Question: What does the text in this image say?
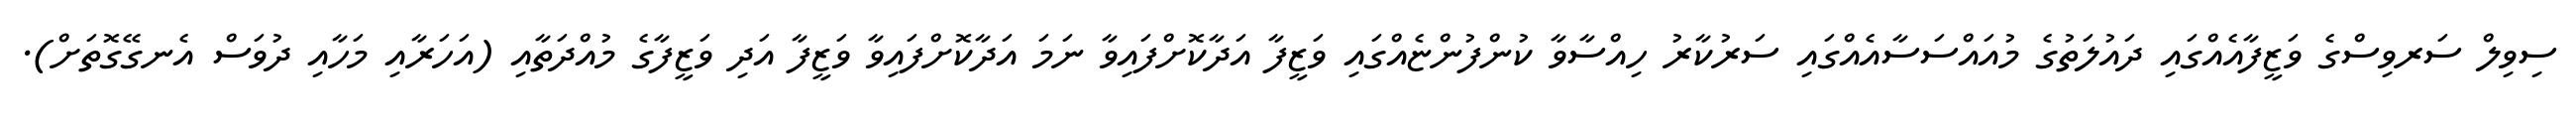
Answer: ސިވިލް ސަރވިސްގެ ވަޒީފާއެއްގައި ދައުލަތުގެ މުއައްސަސާއެއްގައި ސަރުކާރު ހިއްސާވާ ކުންފުންޏެއްގައި ވަޒީފާ އަދާކޮށްފައިވާ ނަމަ އަދާކޮށްފައިވާ ވަޒީފާ އަދި ވަޒީފާގެ މުއްދަތާއި (އަހަރާއި މަހާއި ދުވަސް އެނގޭގޮތަށް).